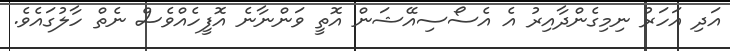
އަދި އަހަރު ނިމިގެންދާއިރު އެ އެސޯސިއޭޝަން އޮތީ ވަންނާނެ އޮފީހެއްވެސް ނެތް ހާލުގައެވެ.